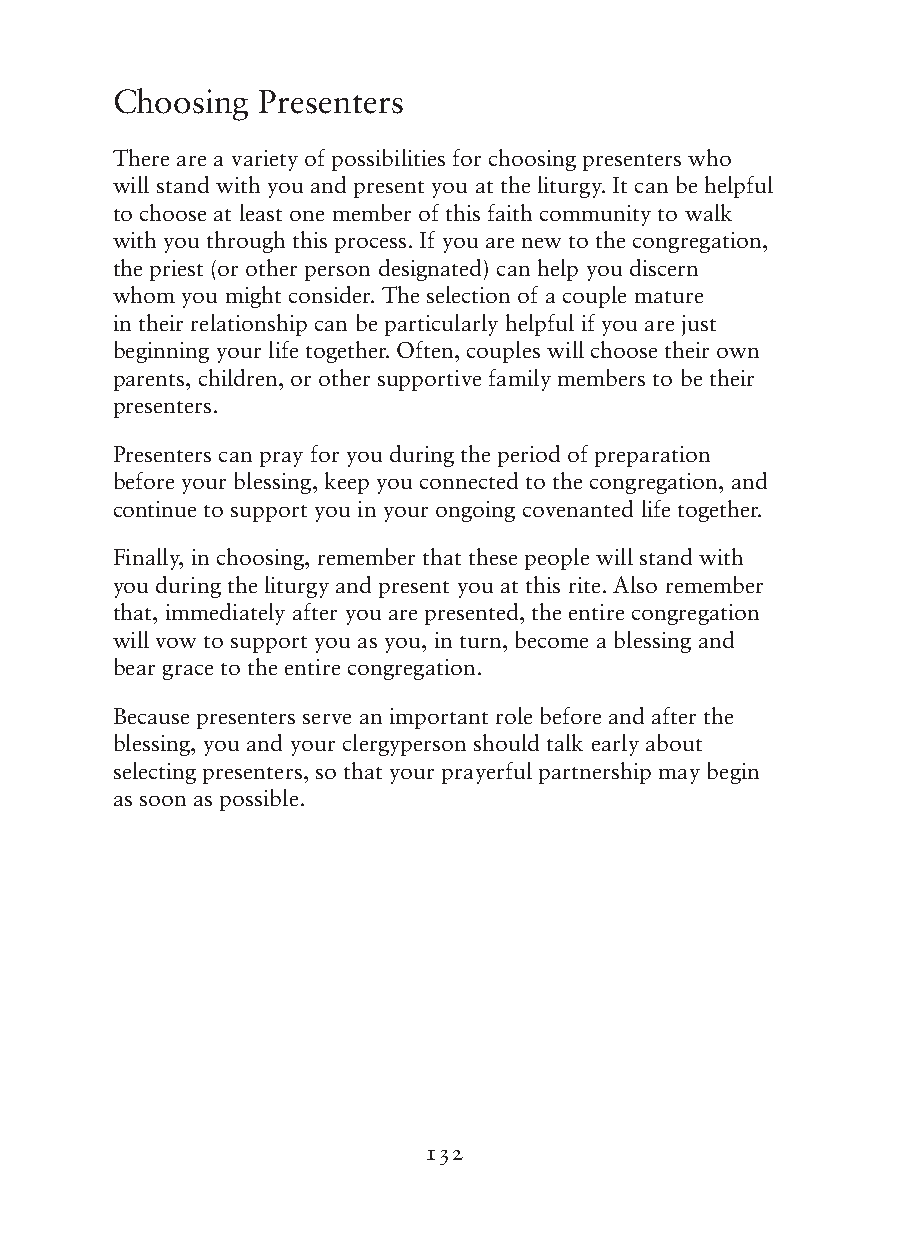
Choosing  Presenters
 There are a variety of possibilities for choosing presenters who
 will stand with you and present you at the liturgy. It can be helpful
 to choose at least one member of this faith community to walk
 with you through this process. If you are new to the congregation,
 the priest (or other person designated) can help you discern
 whom you might consider. The selection of a couple mature
 in their relationship can be particularly helpful if you are just
 beginning your life together. Often, couples will choose their own
 parents, children, or other supportive family members to be their
 presenters.
 Presenters can pray for you during the period of preparation
 before your blessing, keep you connected to the congregation, and
 continue to support you in your ongoing covenanted life together.
 Finally, in choosing, remember that these people will stand with
 you during the liturgy and present you at this rite. Also remember
 that, immediately after you are presented, the entire congregation
 will vow to support you as you, in turn, become a blessing and
 bear grace to the entire congregation.
 Because presenters serve an important role before and after the
 blessing, you and your clergyperson should talk early about
 selecting presenters, so that your prayerful partnership may begin
 as soon as possible.
 132